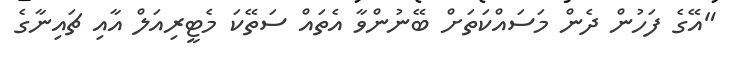
"އޭގެ ފަހުން ދެން މަސައްކަތަށް ބޭނުންވާ އެތަައް ސަތޭކަ މެޓީރިއަލް އާއި ޗައިނާގެ